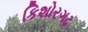
કિશોરગઢ